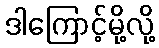
ဒါကြောင့်မို့လို့